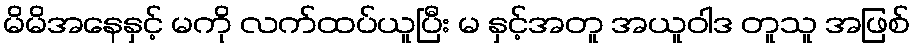
မိမိအနေနှင့် မကို လက်ထပ်ယူပြီး မ နှင့်အတူ အယူဝါဒ တူသူ အဖြစ်